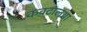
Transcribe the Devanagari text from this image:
कवटालथा